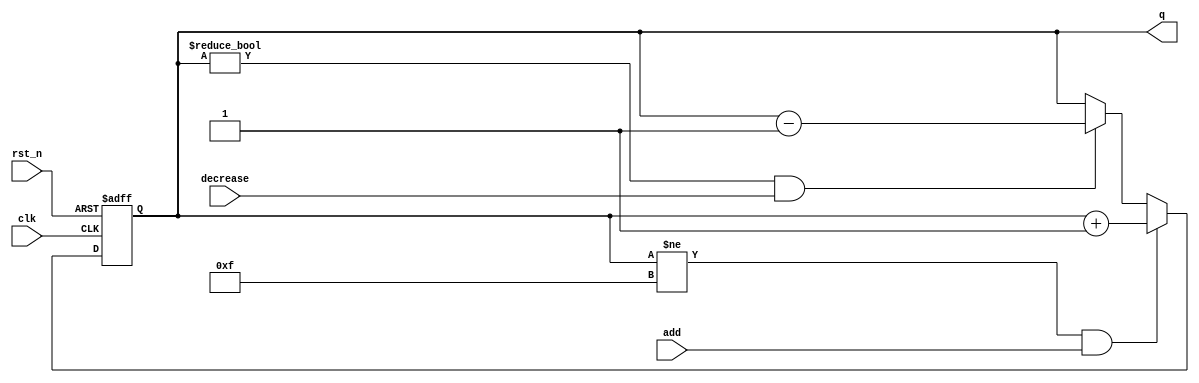
module UP_DOWN(clk, rst_n, add, decrease, q);
    input clk;
    input rst_n;
    input add;
    input decrease;
    output reg [3:0]q;
    reg [3:0]q_temp;

    always @*
        if (q != 4'd15 && add) q_temp = q + 1'b1;
        else if (q != 4'd0 && decrease) q_temp = q - 1'b1;
        else q_temp = q;
        
            
    always @(posedge clk or negedge rst_n)
        if (~rst_n) q <= 4'd0;
        else q <= q_temp;
        
endmodule